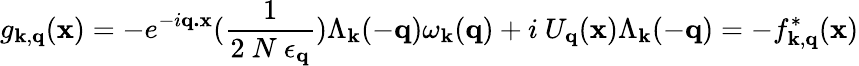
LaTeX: g_{{\mathbf{k}},{\mathbf{q}}}({\mathbf{x}})=-e^{-i{\mathbf{q.x}}}(\frac{1}{2\mathrm{~}N\mathrm{~}\epsilon_{{\mathbf{q}}}})\Lambda_{{\mathbf{k}}}(-{\mathbf{q}})\omega_{{\mathbf{k}}}({\mathbf{q}})+i\mathrm{~}U_{{\mathbf{q}}}({\mathbf{x}})\Lambda_{{\mathbf{k}}}(-{\mathbf{q}})=-f_{{\mathbf{k}},{\mathbf{q}}}^{*}({\mathbf{x}})